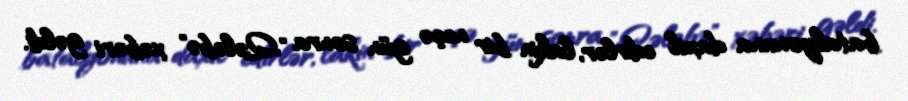
batalyonuna daxil edirlər, lakin bir neçə gün sonra "Qələbə" xəbəri gəldi.